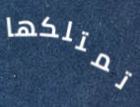
تمتلكها